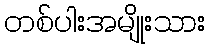
တစ်ပါးအမျိုးသား